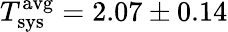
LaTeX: T_{\mathrm{sys}}^{\mathrm{avg}}=2.07\pm 0.14